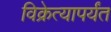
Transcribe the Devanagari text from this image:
विक्रेत्यापर्यंत